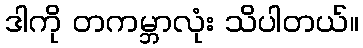
ဒါကို တကမ္ဘာလုံး သိပါတယ်။